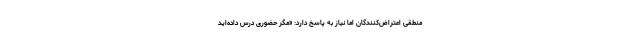
منطقی اعتراض‌کنندگان اما نیاز به پاسخ دارد: «مگر حضوری درس داده‌اید